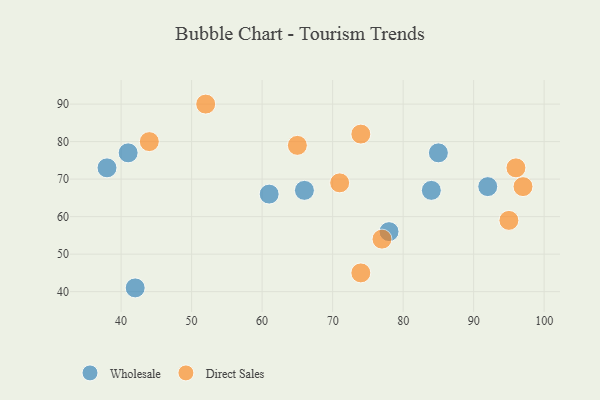
{"axis": {"x": "GDP", "y": "Life Expectancy"}, "legend": ["Direct Sales", "Wholesale"], "data": [{"x": "78", "y": 56, "type": "Wholesale"}, {"x": "66", "y": 67, "type": "Wholesale"}, {"x": "84", "y": 67, "type": "Wholesale"}, {"x": "92", "y": 68, "type": "Wholesale"}, {"x": "85", "y": 77, "type": "Wholesale"}, {"x": "61", "y": 66, "type": "Wholesale"}, {"x": "42", "y": 41, "type": "Wholesale"}, {"x": "41", "y": 77, "type": "Wholesale"}, {"x": "38", "y": 73, "type": "Wholesale"}, {"x": "52", "y": 90, "type": "Direct Sales"}, {"x": "97", "y": 68, "type": "Direct Sales"}, {"x": "96", "y": 73, "type": "Direct Sales"}, {"x": "74", "y": 82, "type": "Direct Sales"}, {"x": "77", "y": 54, "type": "Direct Sales"}, {"x": "74", "y": 45, "type": "Direct Sales"}, {"x": "95", "y": 59, "type": "Direct Sales"}, {"x": "71", "y": 69, "type": "Direct Sales"}, {"x": "65", "y": 79, "type": "Direct Sales"}, {"x": "44", "y": 80, "type": "Direct Sales"}]}